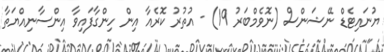
ޔުނައިޓެޑް ނޭޝަންސް (ނޮވެމްބަރު 19) - އުތުރު ކޮރެއާ އިން ހިންގާފައިވާ އިންސާނިއްޔަތާ